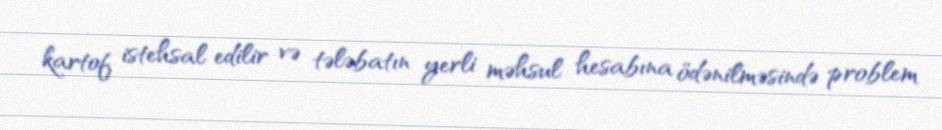
kartof istehsal edilir və tələbatın yerli məhsul hesabına ödənilməsində problem